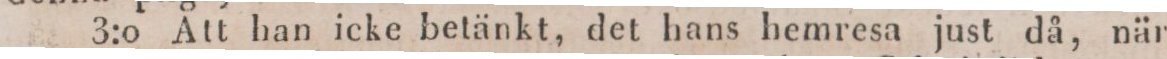
3:0 Att han icke betänkt, det hans hemresa just då, när